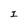
Character: I